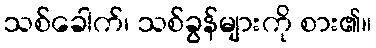
သစ်ခေါက်၊ သစ်ခွန်များကို စား၏။